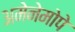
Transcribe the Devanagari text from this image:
अमेनेमोपे